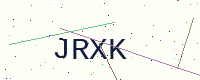
Text: JRXK